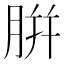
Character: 腁